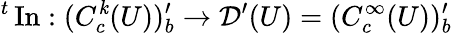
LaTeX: {}^{t}\operatorname{In}:(C_{c}^{\mathit{k}}(U))_{b}^{\prime}\to{\mathcal{{D}}}^{\prime}(U)=(C_{c}^{\infty}(U))_{b}^{\prime}